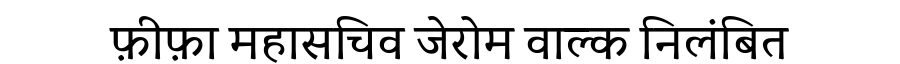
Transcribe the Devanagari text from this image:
फ़ीफ़ा महासचिव जेरोम वाल्क निलंबित